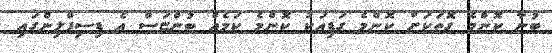
ބުނާ ކޮންމެ ގޮތަކަށް ކޮންމެ ގަޑިއަކު ކޮންމެ ކަމެއް ބުންޏަސް އެ ޑިސިޕްލިންގައި